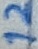
Text: 12